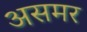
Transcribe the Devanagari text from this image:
असमर